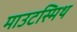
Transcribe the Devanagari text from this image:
माउटस्मिथ